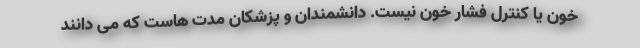
خون یا کنترل فشار خون نیست. دانشمندان و پزشکان مدت هاست که می دانند